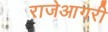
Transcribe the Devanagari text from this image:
राजेआगरी